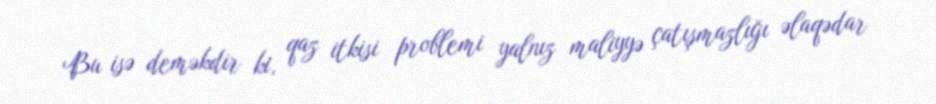
Bu isə deməkdir ki, qaz itkisi problemi yalnız maliyyə çatışmazlığı əlaqədar